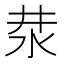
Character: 汬